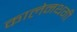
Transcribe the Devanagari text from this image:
कालेनथगी